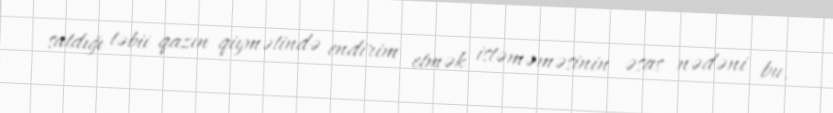
satdığı təbii qazın qiymətində endirim etmək istəməməsinin əsas nədəni bu.